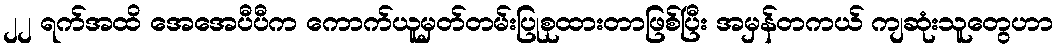
၂၂ ရက်အထိ အေအေပီပီက ကောက်ယူမှတ်တမ်းပြုစုထားတာဖြစ်ပြီး အမှန်တကယ် ကျဆုံးသူတွေဟာ